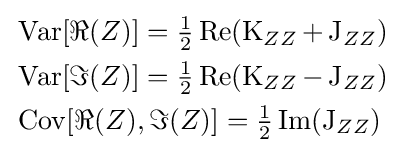
{\begin{aligned}&\operatorname {Var} [\Re {(Z)}]={\tfrac {1}{2}}\operatorname {Re} (\operatorname {K} _{ZZ}+\operatorname {J} _{ZZ})\\&\operatorname {Var} [\Im {(Z)}]={\tfrac {1}{2}}\operatorname {Re} (\operatorname {K} _{ZZ}-\operatorname {J} _{ZZ})\\&\operatorname {Cov} [\Re {(Z)},\Im {(Z)}]={\tfrac {1}{2}}\operatorname {Im} (\operatorname {J} _{ZZ})\\\end{aligned}}